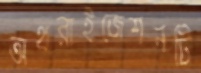
অথরাইজেশনটি